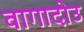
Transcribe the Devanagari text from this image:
वागादोउ